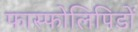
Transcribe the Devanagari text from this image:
फास्फोलिपिडों